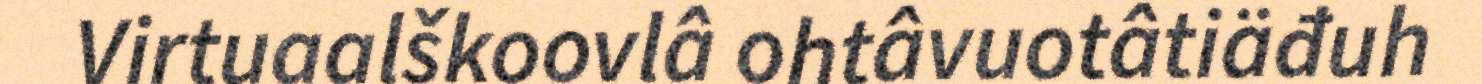
Virtuaalškoovlâ ohtâvuotâtiäđuh